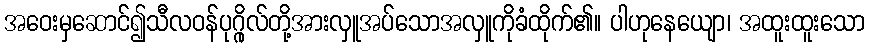
အဝေးမှဆောင်၍သီလဝန်ပုဂ္ဂိုလ်တို့အားလှူအပ်သောအလှူကိုခံထိုက်၏။ ပါဟုနေယျော၊ အထူးထူးသော